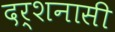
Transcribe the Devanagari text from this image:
दर्शनासी